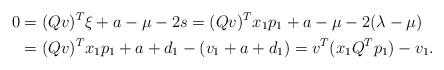
LaTeX: \begin{align*} 0&=(Qv)^T \xi + a - \mu - 2s = (Qv)^T x_1p_1+ a- \mu -2(\lambda-\mu) \\ &= (Qv)^T x_1p_1 + a+d_1 -(v_1+a+d_1) = v^T(x_1 Q^T p_1) -v_1.\end{align*}